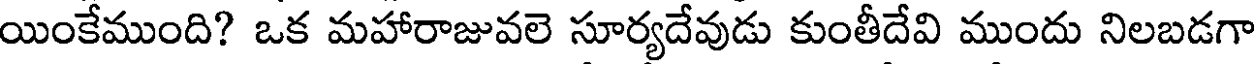
యింకేముంది? ఒక మహారాజువలె సూర్యదేవుడు కుంతీదేవి ముందు నిలబడగా